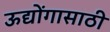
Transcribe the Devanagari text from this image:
ऊद्योंगासाठी